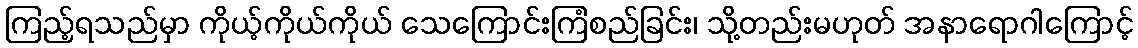
ကြည့်ရသည်မှာ ကိုယ့်ကိုယ်ကိုယ် သေကြောင်းကြံစည်ခြင်း၊ သို့တည်းမဟုတ် အနာရောဂါကြောင့်